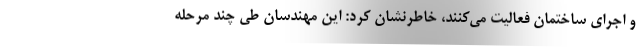
و اجرای ساختمان فعالیت می‌کنند، خاطرنشان کرد: این مهندسان طی چند مرحله